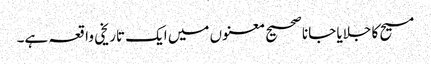
مسیح کا جلایا جانا صحیح معنوں میں ایک تاریخی واقعہ ہے۔